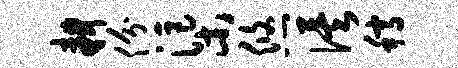
耕份渠悠俟稿